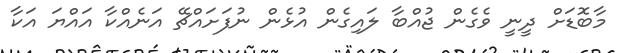
މާބޮޑަށް ދީނީ ވެގެން ޖުއްބާ ލައިގެން އުޅެން ނުފަށައްޗޭ އަނެއްކާ އައްޔަ އަކާ